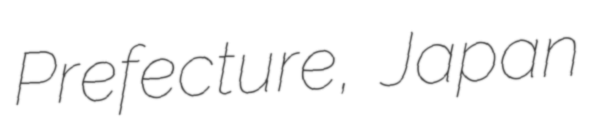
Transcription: Prefecture, Japan